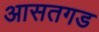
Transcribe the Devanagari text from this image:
आसतगड